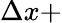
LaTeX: \Delta x+